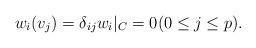
LaTeX: \begin{align*}w_i(v_j) = \delta_{ij} w_i|_C = 0 (0 \leq j \leq p).\end{align*}